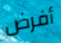
أفرض